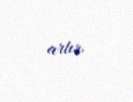
artır.